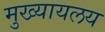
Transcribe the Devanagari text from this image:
मुख्यायलय